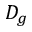
D _ { g }